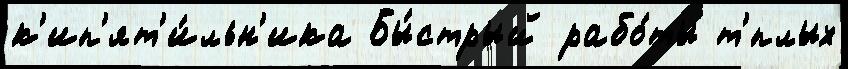
к'ип'ят'и́льн'ика Бы́стрый рабо́ты т'́плых